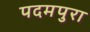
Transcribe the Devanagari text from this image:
पदमपुरा